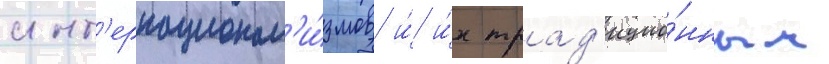
инт'ернационал'и́змов и́ и́х трад'ицио́нным